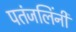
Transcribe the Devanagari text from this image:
पतंजलिंनी